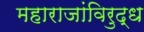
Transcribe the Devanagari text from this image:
महाराजांविरुद्ध